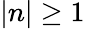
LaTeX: |n|\geq 1